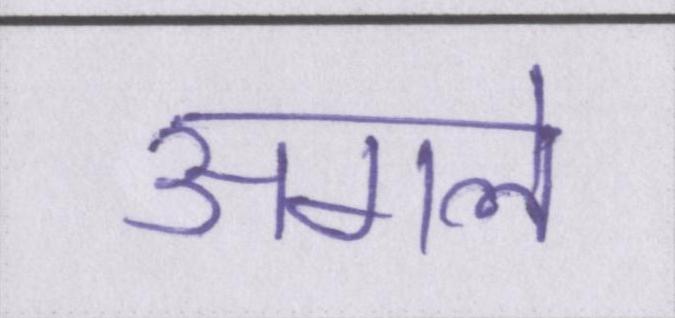
अगले